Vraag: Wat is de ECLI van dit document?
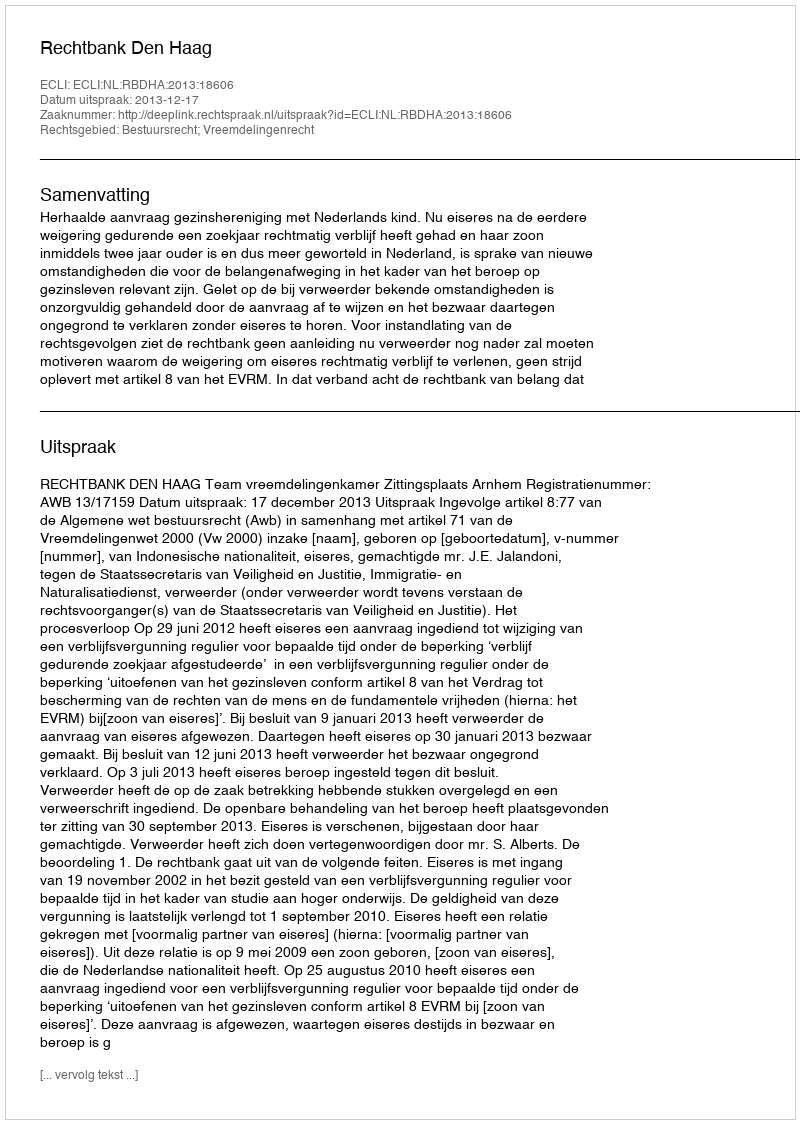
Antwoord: ECLI:NL:RBDHA:2013:18606